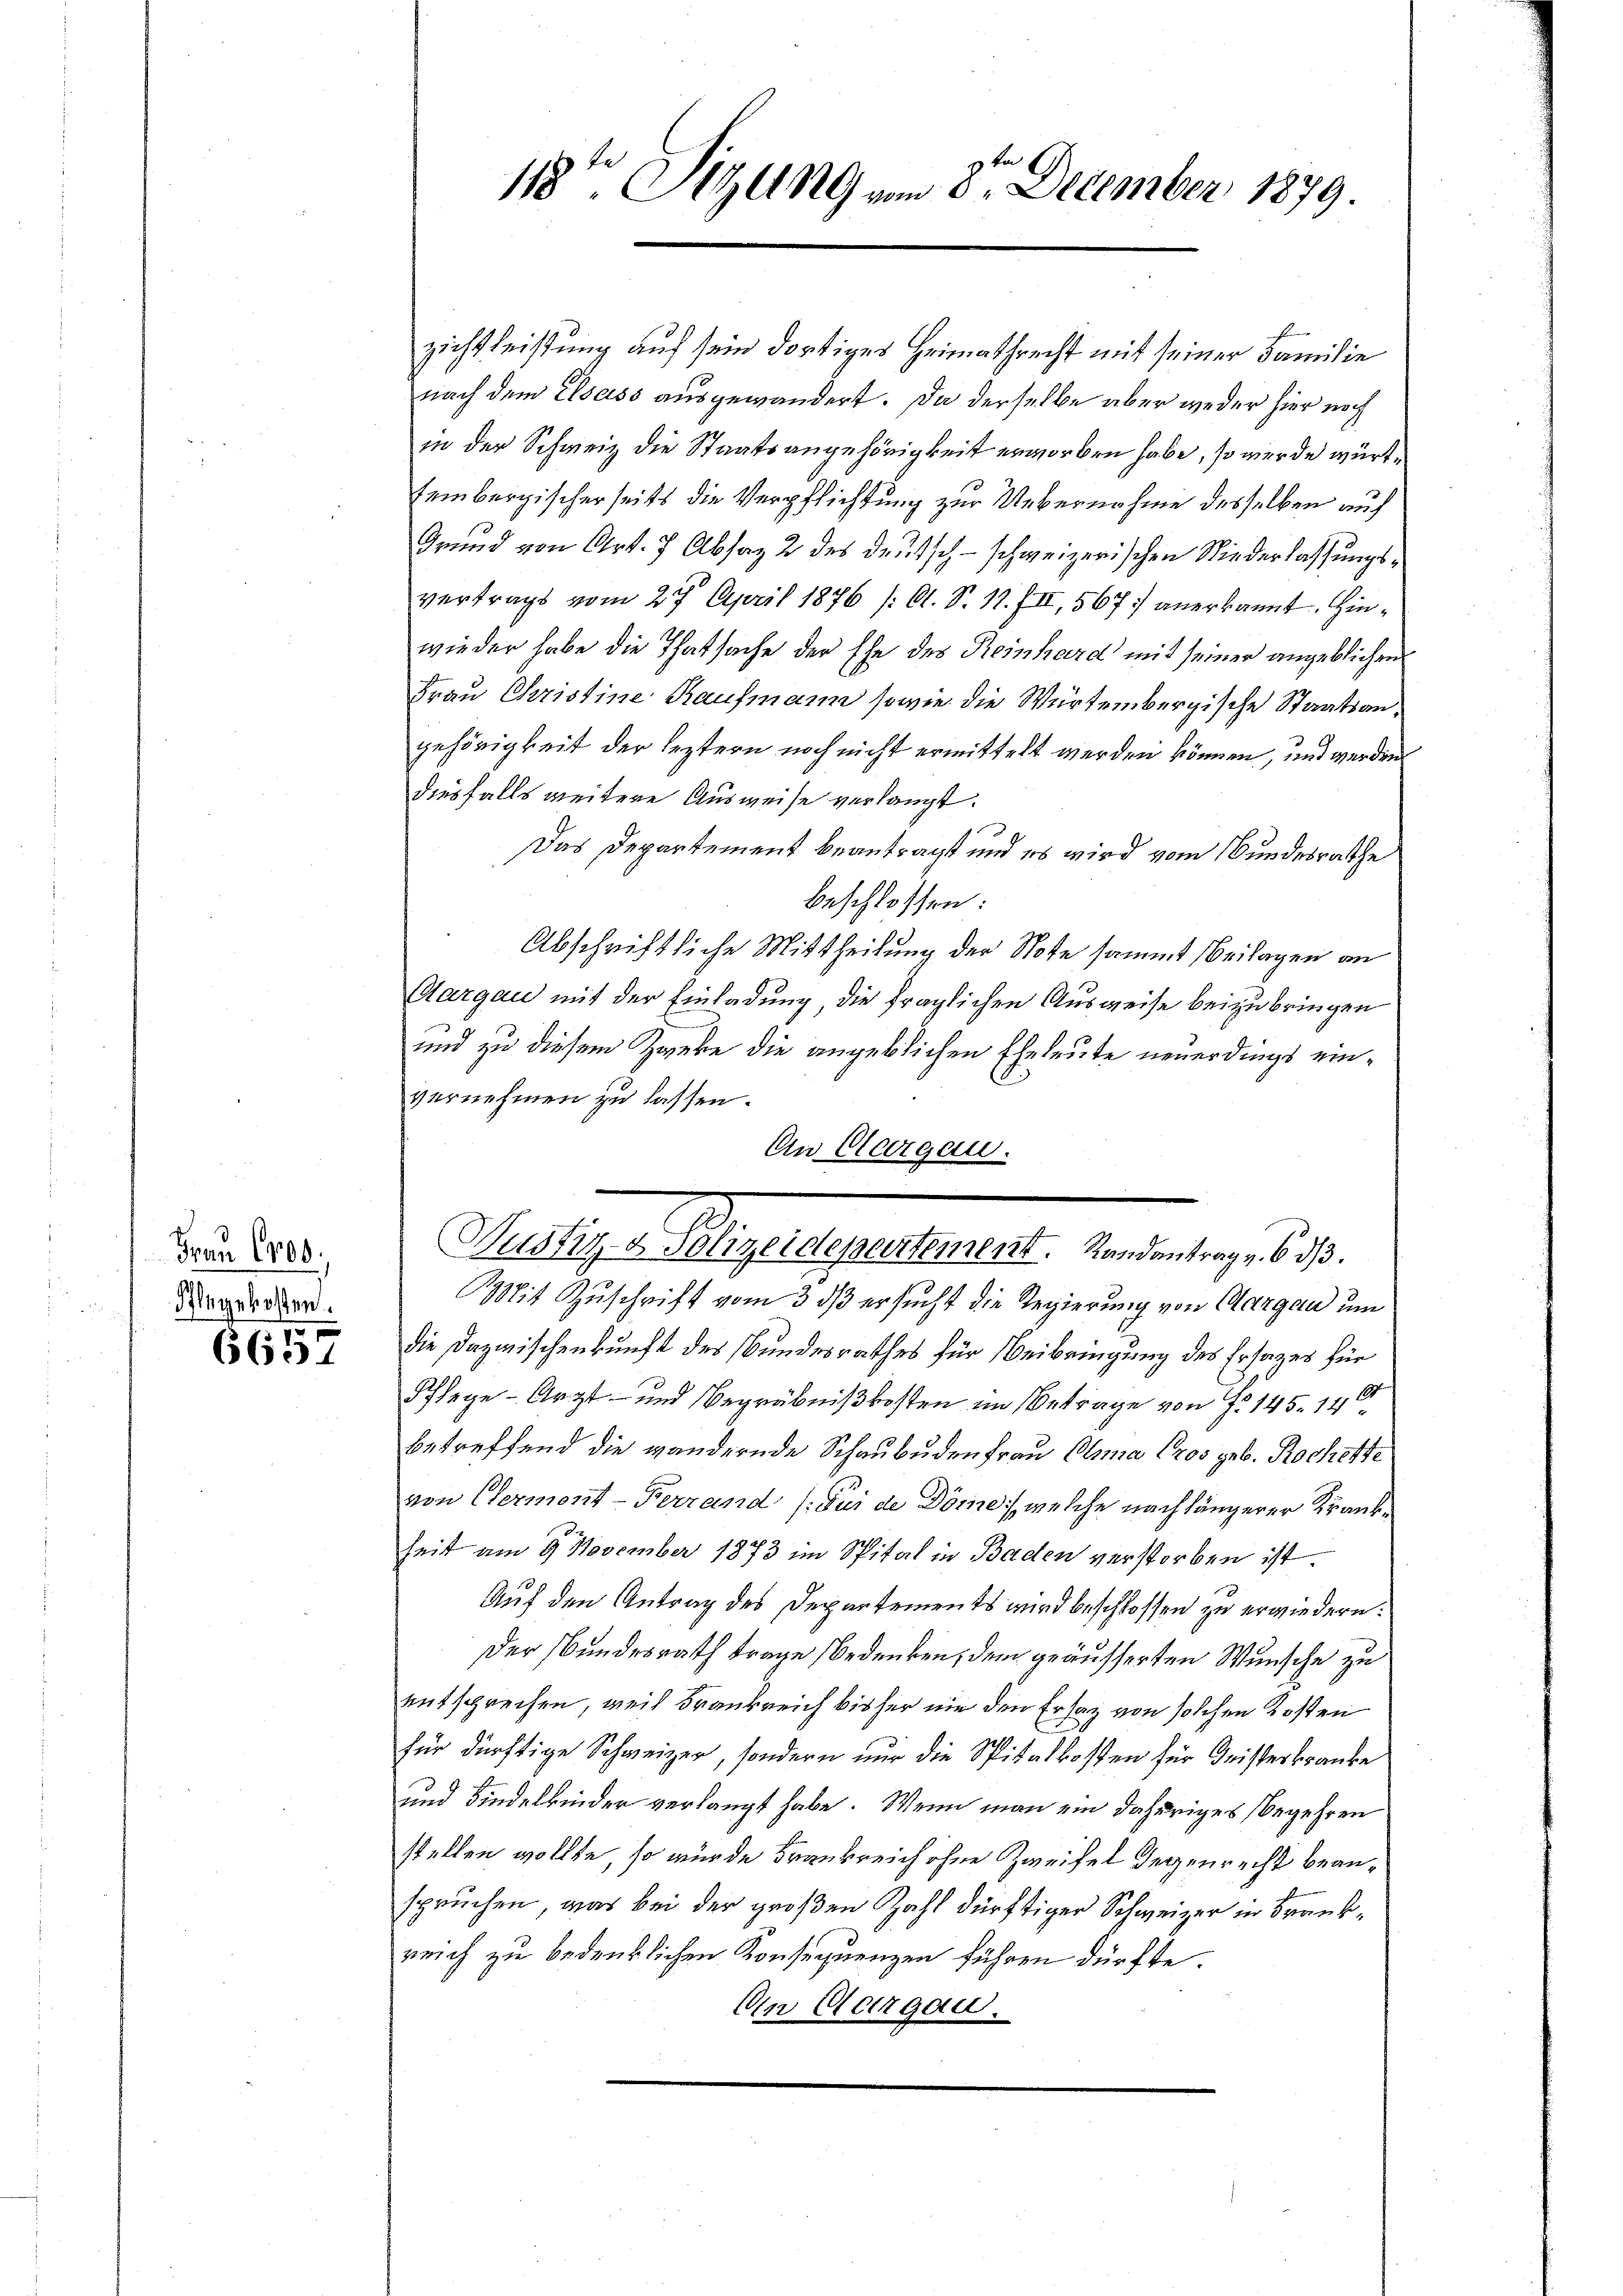
Frau 1800.
Flegekosten.

6657

Mit Zuschrift vom 3 dß ersucht die Regierung von Aargau um
die Dazwischenkunft des Bundesrathes für Beibringung des Ersages für
Pflege - Arzt- und Begräbnißkosten im Betrage von Fr. 145. 140
betreffend die wandernde Schaubudenfrau Oma Cros geb. Rochette
von Germont-Terrand (Fui de Döme, welche nach längerer Krankheit am 9. November 1873 im Spital in Baden verstorben ist.
Auf den Antrag des Departements wird beschlossen zu erwiedern:
Der Bundesrath trage Bedenken, dem geäusserten Wünsche zu
entsprechen, weil Frankreich bisher nie den Ersatz von solchen Kosten
für dürftige Schweizer, sondern nur die Spitalkosten für Geisterkranke
und Kindelkinder verlangt habe. Wenn man ein daheriges begehren
stellen wollte, so würde Frankreich ohne Zweifel Gegenrecht beanspruchen, was bei der großen Zahl dürftiger Schweizer in Frankreich zu bedenklichen Konsequenzen führen dürfte.
An Aargau.

118ten Sitzung vom 8ten December 1879.

zichtleistung auf sein dortiges Heimathrecht mit seiner Familie
nach dem Elsass ausgewandert. Da derselbe aber weder hier noch
in der Schweiz die Staatsangehörigkeit erworben habe, so werde würt¬
Eembergischerseits die Verpflichtung zur Uebernahme desselben auf
Grund von Art. 7 Absatz 2 des deutsch-schweizerischen Niederlassungsvertrags vom 27. April 1876 (O. S. 17. III, 567 anerkannt. Hinwieder habe die Thatsache der Ehe des Reinhard mit seiner angeblichen
Frau Christine Kaufmann sowie die Würtembergische Staatsangehörigkeit der leztern noch nicht ermittelt werden können, und werden
diesfalls weitere Ausweise verlangt.
Das Departement beantragt und es wird vom Bundesrathe
beschlossen:
Abschriftliche Mittheilung der Note sammt Beilagen an
Aargau mit der Einladung die fraglichen Ausweise beizubringen
und zu diesem Zweke die angeblichen Eheleute neuerdings einvernehmen zu lassen.
An Georgau.

Wustiz- & Polizeidepartement. Randantrag v. 6. d.